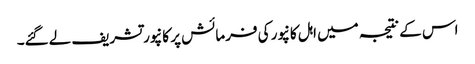
اس کے نتیجہ میں اہل کانپور کی فرمائش پر کانپور تشریف لےگئے۔